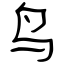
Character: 鸟